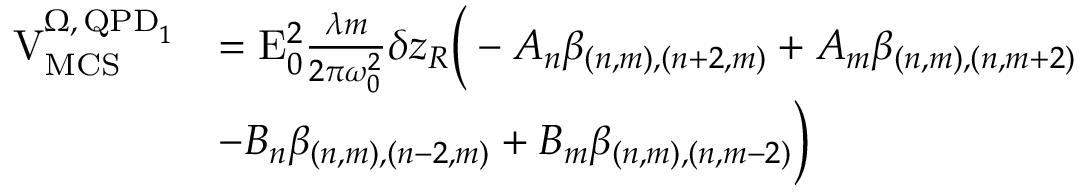
\begin{array} { r l } { \mathrm { V } _ { \mathrm { M C S } } ^ { \Omega , \, \mathrm { Q P D } _ { 1 } } } & { = \mathrm { E } _ { 0 } ^ { 2 } \frac { \lambda m } { 2 \pi \omega _ { 0 } ^ { 2 } } \delta z _ { R } \bigg ( - A _ { n } \beta _ { ( n , m ) , ( n + 2 , m ) } + A _ { m } \beta _ { ( n , m ) , ( n , m + 2 ) } } \\ & { - B _ { n } \beta _ { ( n , m ) , ( n - 2 , m ) } + B _ { m } \beta _ { ( n , m ) , ( n , m - 2 ) } \bigg ) } \end{array}